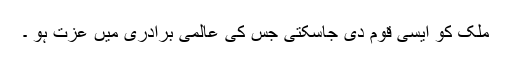
ملک کو ایسی قوم دی جاسکتی جس کی عالمی برادری میں عزت ہو ۔